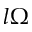
l \Omega